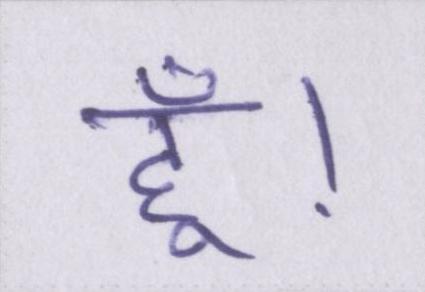
हूँ।